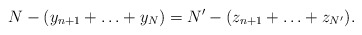
\begin{align*} N-(y_{n+1}+\ldots+y_N)=N'-(z_{n+1}+\ldots+z_{N'}).\end{align*}